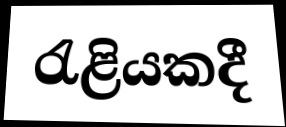
රැළියකදී